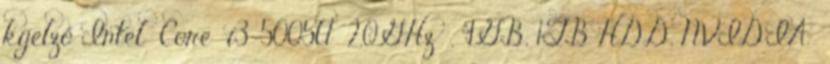
kijelző Intel® Core™ i3-5005U 2,0GHz , 4GB, 1TB HDD, NVIDIA®